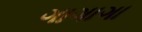
ગાગાગા